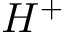
H ^ { + }